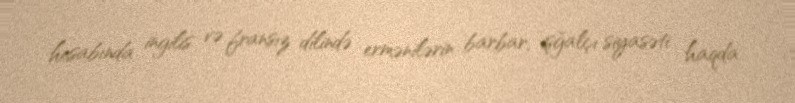
hesabında ingilis və fransız dilində ermənilərin barbar, işğalçı siyasəti haqda